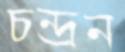
চন্দ্রন